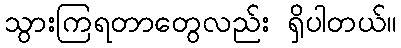
သွားကြရတာတွေလည်း ရှိပါတယ်။